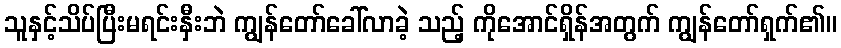
သူနှင့်သိပ်ပြီးမရင်းနှီးဘဲ ကျွန်တော်ခေါ်လာခဲ့ သည့် ကိုအောင်ရှိန်အတွက် ကျွန်တော်ရှက်၏။